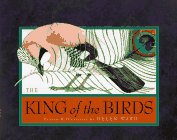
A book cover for King Of The Birds, The; Helen Ward; Children's Books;